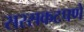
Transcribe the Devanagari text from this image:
सरसकटपणे